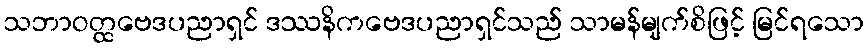
သဘာဝတ္ထဗေဒပညာရှင် ဒဿနိကဗေဒပညာရှင်သည် သာမန်မျက်စိဖြင့် မြင်ရသော